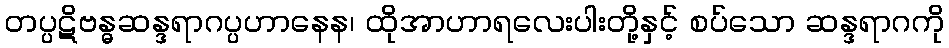
တပ္ပဋိဗန္ဓဆန္ဒရာဂပ္ပဟာနေန၊ ထိုအာဟာရလေးပါးတို့နှင့် စပ်သော ဆန္ဒရာဂကို